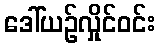
ဒေါ်ယဉ်လှိုင်ဝင်း